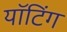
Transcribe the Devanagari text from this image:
यॉटिंग